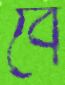
বে